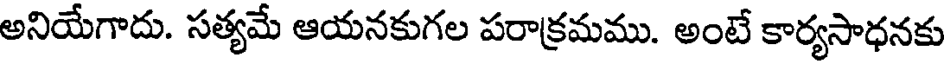
అనియేగాదు. సత్యమే ఆయనకుగల పరాక్రమము. అంటే కార్యసాధనకు